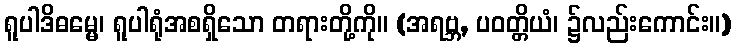
ရူပါဒိဓမ္မေ၊ ရူပါရုံအစရှိသော တရားတို့ကို။ (အရဗ္ဘ, ပဝတ္တိယံ၊ ၌လည်းကောင်း။)